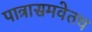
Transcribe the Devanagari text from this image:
पात्रासमवेतच